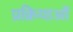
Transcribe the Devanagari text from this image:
प्रक्रियाओं